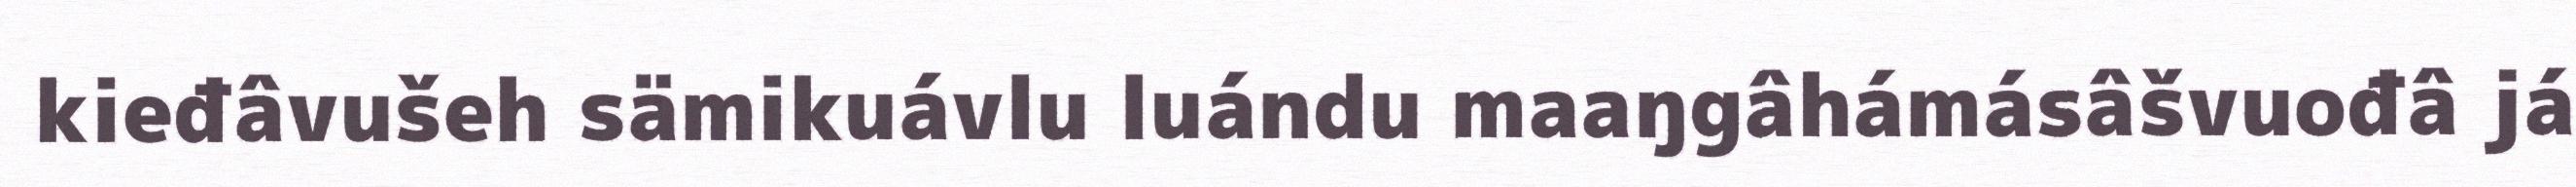
kieđâvušeh sämikuávlu luándu maaŋgâhámásâšvuođâ já